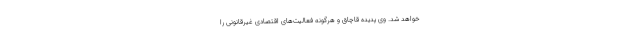
خواهد شد. وی پدیده قاچاق و هرگونه فعالیت‌های اقتصادی غیرقانونی را